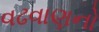
વઢવાણનો